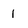
Character: 1